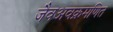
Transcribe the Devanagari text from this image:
जैवअवक्रमणित